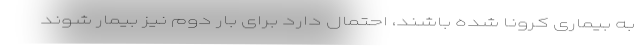
به بیماری کرونا شده باشند، احتمال دارد برای بار دوم نیز بیمار شوند